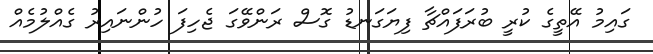
ގައިމު އޭތީގެ ކުރީ ބުރަފައްޗާ ފިޔަގަނޑު ގޮސް ރަންވޭގަ ޖެހިފަ ހުންނައިރު ގެއްލުމެއް